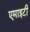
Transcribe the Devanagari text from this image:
एमाइटी